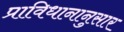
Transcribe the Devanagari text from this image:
प्राविधानानुसार